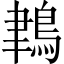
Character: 𪁀